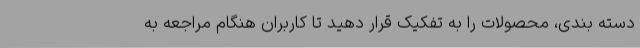
دسته بندی، محصولات را به تفکیک قرار دهید تا کاربران هنگام مراجعه به